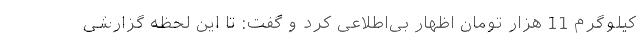
کیلوگرم 11 هزار تومان اظهار بی‌اطلاعی کرد و گفت: تا این لحظه گزارشی